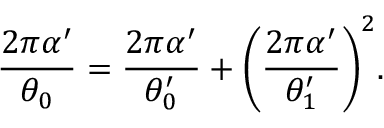
\frac { 2 \pi \alpha ^ { \prime } } { \theta _ { 0 } } = \frac { 2 \pi \alpha ^ { \prime } } { \theta _ { 0 } ^ { \prime } } + \biggl ( \frac { 2 \pi \alpha ^ { \prime } } { \theta _ { 1 } ^ { \prime } } \biggr ) ^ { 2 } .